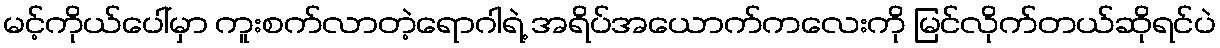
မင့်ကိုယ်ပေါ်မှာ ကူးစက်လာတဲ့ရောဂါရဲ့ အရိပ်အယောက်ကလေးကို မြင်လိုက်တယ်ဆိုရင်ပဲ